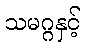
သမဂ္ဂနှင့်